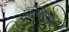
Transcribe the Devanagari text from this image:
मत्थिअस